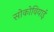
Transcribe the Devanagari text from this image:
सोकोवियाई